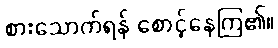
စားသောက်ရန် စောင့်နေကြ၏။